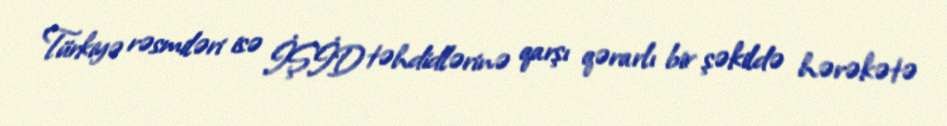
Türkiyə rəsmiləri isə İŞİD təhdidlərinə qarşı qərarlı bir şəkildə hərəkətə